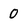
Character: 0